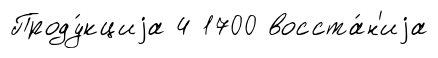
Проду́кциjа 4 1700 восста́н'иjа